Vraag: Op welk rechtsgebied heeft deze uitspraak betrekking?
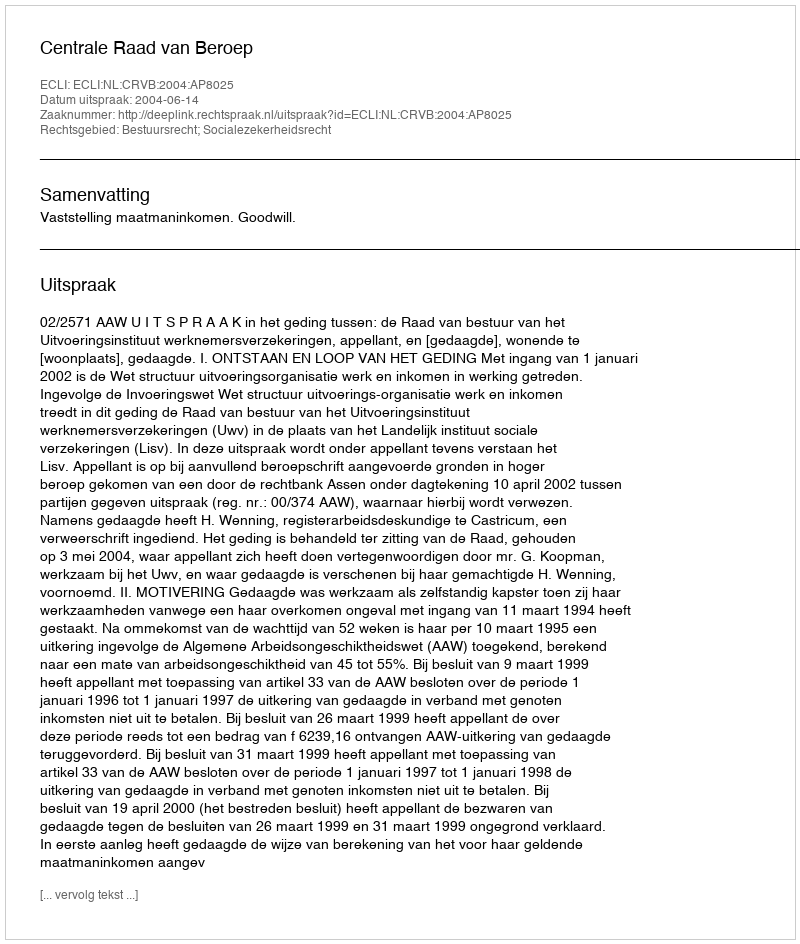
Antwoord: Bestuursrecht; Socialezekerheidsrecht